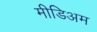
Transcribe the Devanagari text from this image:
मीडिअम